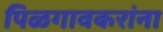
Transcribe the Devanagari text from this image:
पिळगावकरांना